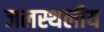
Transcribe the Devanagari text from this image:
जलस्थलीय